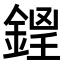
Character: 𨧵